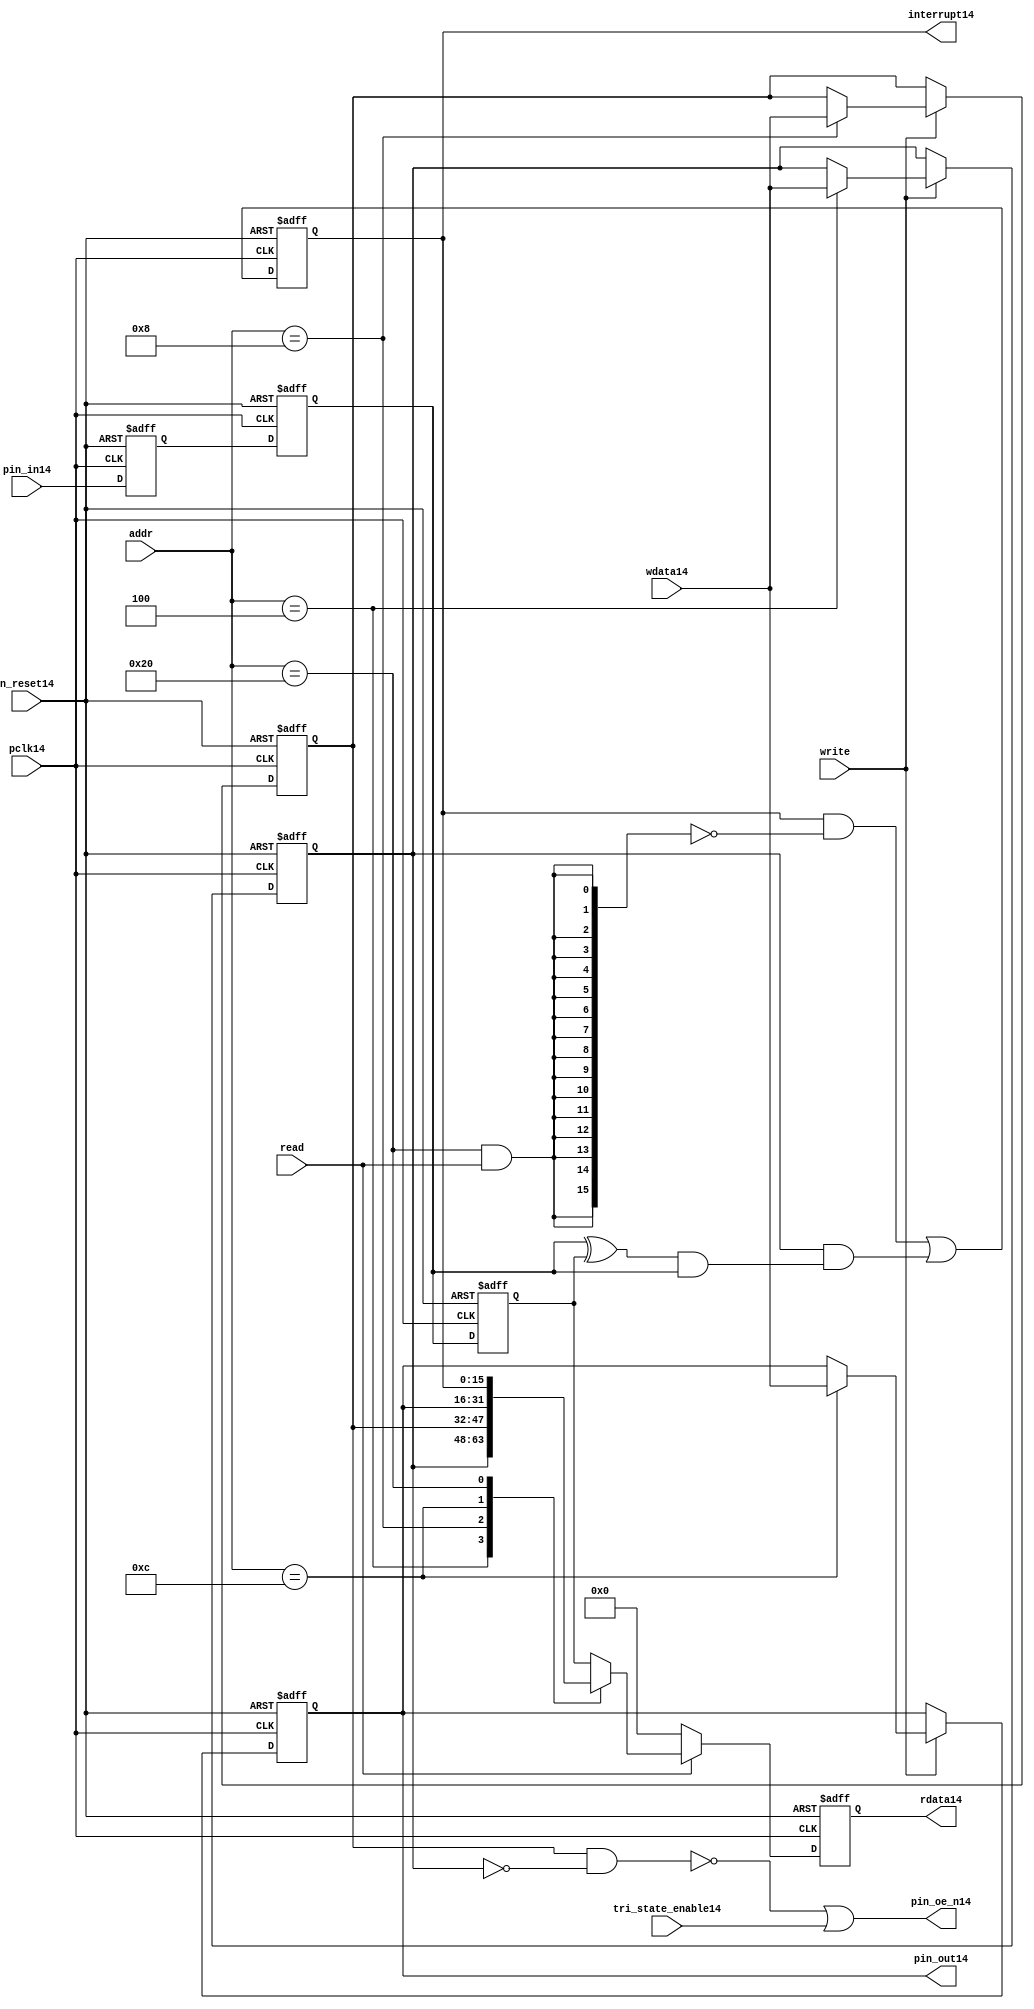
module gpio_lite_subunit14(
  //Inputs14

  n_reset14,
  pclk14,

  read,
  write,
  addr,

  wdata14,
  pin_in14,

  tri_state_enable14,

  //Outputs14
 
  interrupt14,

  rdata14,
  pin_oe_n14,
  pin_out14

);
 
   // Inputs14
   
   // Clocks14   
   input n_reset14;            // asynch14 reset, active low14
   input pclk14;               // Ppclk14

   // Controls14
   input read;               // select14 GPIO14 read
   input write;              // select14 GPIO14 write
   input [5:0] 
         addr;               // address bus of selected master14

   // Dataflow14
   input [15:0]
         wdata14;              // GPIO14 Input14
   input [15:0]
         pin_in14;             // input data from pin14

   //Design14 for Test14 Inputs14
   input [15:0]
         tri_state_enable14;   // disables14 op enable -> Z14




   
   // Outputs14
   
   // Controls14
   output [15:0]
          interrupt14;         // interupt14 for input pin14 change

   // Dataflow14
   output [15:0]
          rdata14;             // GPIO14 Output14
   output [15:0]
          pin_oe_n14;          // output enable signal14 to pin14
   output [15:0]
          pin_out14;           // output signal14 to pin14
   



   
   // Registers14 in module

   //Define14 Physical14 registers in amba_unit14
   reg    [15:0]
          direction_mode14;     // 1=Input14 0=Output14              RW
   reg    [15:0]
          output_enable14;      // Output14 active                 RW
   reg    [15:0]
          output_value14;       // Value outputed14 from reg       RW
   reg    [15:0]
          input_value14;        // Value input from bus          R
   reg    [15:0]
          int_status14;         // Interrupt14 status              R

   // registers to remove metastability14
   reg    [15:0]
          s_synch14;            //stage_two14
   reg    [15:0]
          s_synch_two14;        //stage_one14 - to ext pin14
   
   
    
          
   // Registers14 for outputs14
   reg    [15:0]
          rdata14;              // prdata14 reg
   wire   [15:0]
          pin_oe_n14;           // gpio14 output enable
   wire   [15:0]
          pin_out14;            // gpio14 output value
   wire   [15:0]
          interrupt14;          // gpio14 interrupt14
   wire   [15:0]
          interrupt_trigger14;  // 1 sets14 interrupt14 status
   reg    [15:0]
          status_clear14;       // 1 clears14 interrupt14 status
   wire   [15:0]
          int_event14;          // 1 detects14 an interrupt14 event

   integer ia14;                // loop variable
   


   // address decodes14
   wire   ad_direction_mode14;  // 1=Input14 0=Output14              RW
   wire   ad_output_enable14;   // Output14 active                 RW
   wire   ad_output_value14;    // Value outputed14 from reg       RW
   wire   ad_int_status14;      // Interrupt14 status              R
   
//Register addresses14
//If14 modifying14 the APB14 address (PADDR14) width change the following14 bit widths14
parameter GPR_DIRECTION_MODE14   = 6'h04;       // set pin14 to either14 I14 or O14
parameter GPR_OUTPUT_ENABLE14    = 6'h08;       // contains14 oe14 control14 value
parameter GPR_OUTPUT_VALUE14     = 6'h0C;       // output value to be driven14
parameter GPR_INPUT_VALUE14      = 6'h10;       // gpio14 input value reg
parameter GPR_INT_STATUS14       = 6'h20;       // Interrupt14 status register

//Reset14 Values14
//If14 modifying14 the GPIO14 width change the following14 bit widths14
//parameter GPRV_RSRVD14            = 32'h0000_0000; // Reserved14
parameter GPRV_DIRECTION_MODE14  = 32'h00000000; // Default to output mode
parameter GPRV_OUTPUT_ENABLE14   = 32'h00000000; // Default 3 stated14 outs14
parameter GPRV_OUTPUT_VALUE14    = 32'h00000000; // Default to be driven14
parameter GPRV_INPUT_VALUE14     = 32'h00000000; // Read defaults14 to zero
parameter GPRV_INT_STATUS14      = 32'h00000000; // Int14 status cleared14



   //assign ad_bypass_mode14    = ( addr == GPR_BYPASS_MODE14 );   
   assign ad_direction_mode14 = ( addr == GPR_DIRECTION_MODE14 );   
   assign ad_output_enable14  = ( addr == GPR_OUTPUT_ENABLE14 );   
   assign ad_output_value14   = ( addr == GPR_OUTPUT_VALUE14 );   
   assign ad_int_status14     = ( addr == GPR_INT_STATUS14 );   

   // assignments14
   
   assign interrupt14         = ( int_status14);

   assign interrupt_trigger14 = ( direction_mode14 & int_event14 ); 

   assign int_event14 = ((s_synch14 ^ input_value14) & ((s_synch14)));

   always @( ad_int_status14 or read )
   begin : p_status_clear14

     for ( ia14 = 0; ia14 < 16; ia14 = ia14 + 1 )
     begin

       status_clear14[ia14] = ( ad_int_status14 & read );

     end // for ia14

   end // p_status_clear14

   // p_write_register14 : clocked14 / asynchronous14
   //
   // this section14 contains14 all the code14 to write registers

   always @(posedge pclk14 or negedge n_reset14)
   begin : p_write_register14

      if (~n_reset14)
      
       begin
         direction_mode14  <= GPRV_DIRECTION_MODE14;
         output_enable14   <= GPRV_OUTPUT_ENABLE14;
         output_value14    <= GPRV_OUTPUT_VALUE14;
       end
      
      else 
      
       begin
      
         if (write == 1'b1) // Write value to registers
      
          begin
              
            // Write Mode14
         
            if ( ad_direction_mode14 ) 
               direction_mode14 <= wdata14;
 
            if ( ad_output_enable14 ) 
               output_enable14  <= wdata14;
     
            if ( ad_output_value14 )
               output_value14   <= wdata14;

              

           end // if write
         
       end // else: ~if(~n_reset14)
      
   end // block: p_write_register14



   // p_metastable14 : clocked14 / asynchronous14 
   //
   // This14 process  acts14 to remove  metastability14 propagation
   // Only14 for input to GPIO14
   // In Bypass14 mode pin_in14 passes14 straight14 through

   always @(posedge pclk14 or negedge n_reset14)
      
   begin : p_metastable14
      
      if (~n_reset14)
        begin
         
         s_synch14       <= {16 {1'b0}};
         s_synch_two14   <= {16 {1'b0}};
         input_value14   <= GPRV_INPUT_VALUE14;
         
        end // if (~n_reset14)
      
      else         
        begin
         
         input_value14   <= s_synch14;
         s_synch14       <= s_synch_two14;
         s_synch_two14   <= pin_in14;

        end // else: ~if(~n_reset14)
      
   end // block: p_metastable14


   // p_interrupt14 : clocked14 / asynchronous14 
   //
   // These14 lines14 set and clear the interrupt14 status

   always @(posedge pclk14 or negedge n_reset14)
   begin : p_interrupt14
      
      if (~n_reset14)
         int_status14      <= GPRV_INT_STATUS14;
      
      else 
         int_status14      <= ( int_status14 & ~(status_clear14) // read & clear
                            ) |
                            interrupt_trigger14;             // new interrupt14
        
   end // block: p_interrupt14
   
   
   // p_read_register14  : clocked14 / asynchronous14 
   //
   // this process registers the output values

   always @(posedge pclk14 or negedge n_reset14)

      begin : p_read_register14
         
         if (~n_reset14)
         
           begin

            rdata14 <= {16 {1'b0}};

           end
           
         else //if not reset
         
           begin
         
            if (read == 1'b1)
            
              begin
            
               case (addr)
            
                  
                  GPR_DIRECTION_MODE14:
                     rdata14 <= direction_mode14;
                  
                  GPR_OUTPUT_ENABLE14:
                     rdata14 <= output_enable14;
                  
                  GPR_OUTPUT_VALUE14:
                     rdata14 <= output_value14;
                  
                  GPR_INT_STATUS14:
                     rdata14 <= int_status14;
                  
                  default: // if GPR_INPUT_VALUE14 or unmapped reg addr
                     rdata14 <= input_value14;
            
               endcase
            
              end //end if read
            
            else //in not read
            
              begin // if not a valid read access, keep14 '0'-s 
              
               rdata14 <= {16 {1'b0}};
              
              end //end if not read
              
           end //end else if not reset

      end // p_read_register14


   assign pin_out14 = 
        ( output_value14 ) ;
     
   assign pin_oe_n14 = 
      ( ( ~(output_enable14 & ~(direction_mode14)) ) |
        tri_state_enable14 ) ;

                
  
endmodule